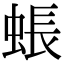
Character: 䗅